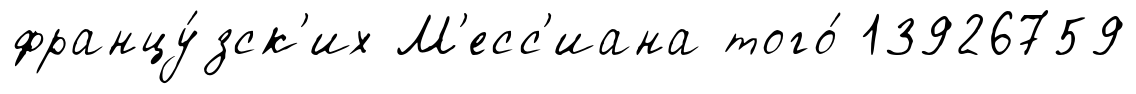
францу́зск'их М'есс'иана того́ 13926759